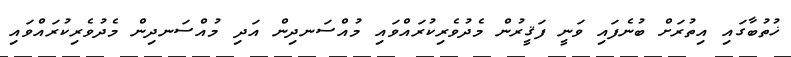
ޚުތުބާގައި އިތުރަށް ބުނެފައި ވަނީ ފަޤީރުން މެދުވެރިކުރައްވައި މުއްސަނދިން އަދި މުއްސަނދިން މެދުވެރިކުރައްވައި